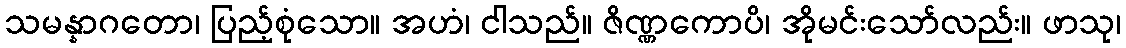
သမန္နာဂတော၊ ပြည့်စုံသော။ အဟံ၊ ငါသည်။ ဇိဏ္ဏကောပိ၊ အိုမင်းသော်လည်း။ ဖာသု၊